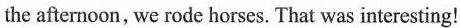
the afternoon, we rode horses. That was interesting!